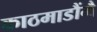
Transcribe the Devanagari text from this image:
काठमाडौंमै